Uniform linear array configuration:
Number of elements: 24
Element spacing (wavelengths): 0.5
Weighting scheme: blackman
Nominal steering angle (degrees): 60
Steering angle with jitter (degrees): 58.532
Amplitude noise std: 0.05
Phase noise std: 0.05

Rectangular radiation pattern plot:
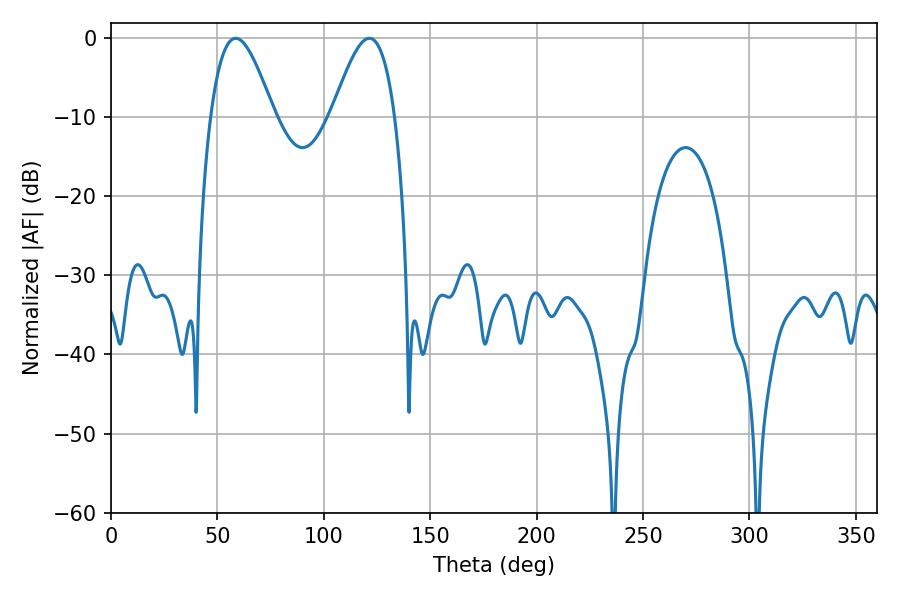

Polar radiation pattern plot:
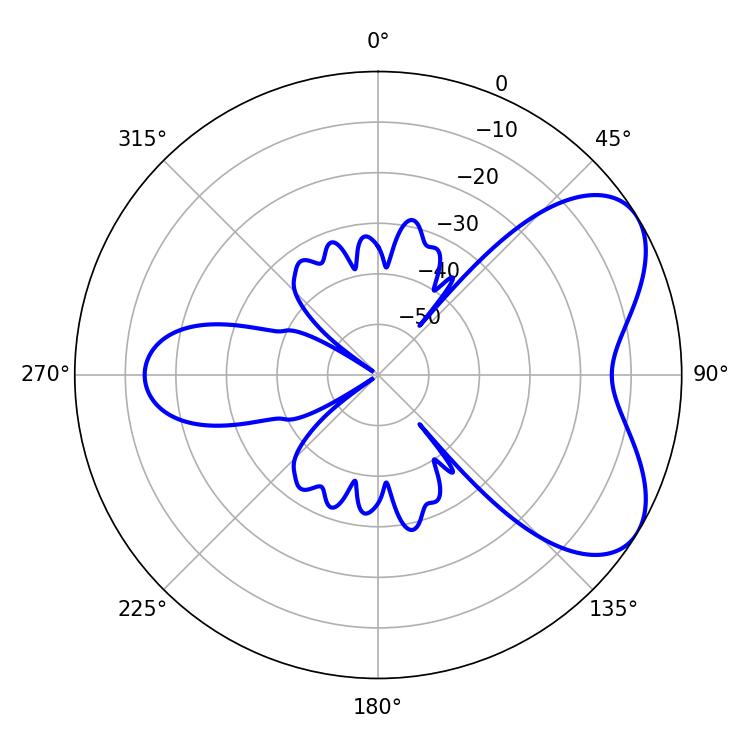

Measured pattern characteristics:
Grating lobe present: FALSE
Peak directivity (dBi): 5.783
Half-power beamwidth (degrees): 15.84
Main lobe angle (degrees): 58.68